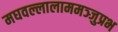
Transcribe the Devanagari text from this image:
मघवल्लालाममञ्जुप्रभ